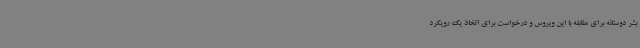
بشر دوستانه برای مقابله با این ویروس و درخواست برای اتخاذ یک رویکرد